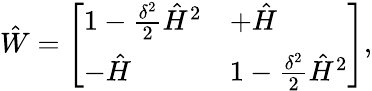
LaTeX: {\hat{W}}=\left[\begin{array}{ll}{1-\frac{\delta^{2}}{2}\hat{H}^{2}}&{+\hat{H}}\\ {-\hat{H}}&{1-\frac{\delta^{2}}{2}\hat{H}^{2}}\end{array}\right],